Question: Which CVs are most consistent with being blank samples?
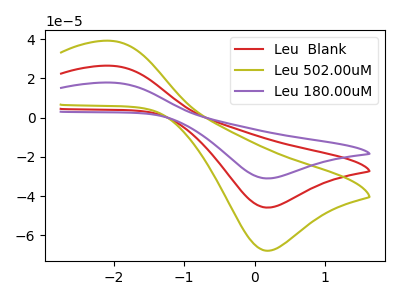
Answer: <think>The red curve "Leu  Blank" has an anodic peak at (-2.00V, 26.45uA) and a cathodic peak at (0.15V, -45.85uA). The olive curve "Leu 502.00uM" has an anodic peak at (-2.00V, 39.15uA) and a cathodic peak at (0.15V, -67.85uA). The purple curve "Leu 180.00uM" has an anodic peak at (-2.00V, 52.90uA) and a cathodic peak at (0.15V, -91.70uA).</think>
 <answer>There are not any CV's on this graph that are likely to be blanks.</answer>
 <eval>none</eval>